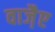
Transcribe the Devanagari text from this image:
वाजै़ए